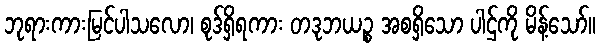
ဘုရားကားမြင်ပါသလော၊ စုဒ်ရှိရကား တဒုဘယဉ္စ အစရှိသော ပါဌ်ကို မိန့်သော်။